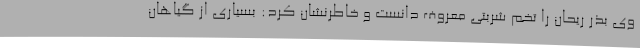
وی بذر ریحان را تخم شربتی معروف دانست و خاطرنشان کرد: بسیاری از گیاهان